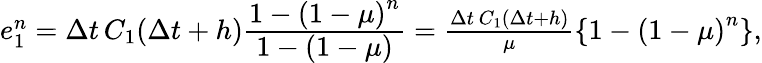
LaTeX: \begin{array}{r}{e_{1}^{n}=\Delta t\, C_{1}(\Delta t+h)\frac{\displaystyle 1-\left(1-\mu\right)^{n}}{\displaystyle 1-\left(1-\mu\right)}=\frac{\Delta t\, C_{1}(\Delta t+h)}{\mu}\left\{ 1-\left(1-\mu\right)^{n}\right\} ,}\end{array}